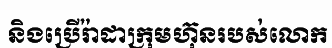
និងប្រើរ៉ាដាក្រុមហ៊ុនរបស់លោក